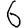
Digit: 6